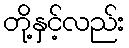
တို့နှင့်လည်း